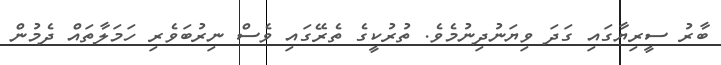
ބާރު ސީރިޔާގައި ގަދަ ވިޔަނުދިނުމެވެ. ތުރުކީގެ ތެރޭގައި ވެސް ނިރުބަވެރި ހަމަލާތައް ދެމުން